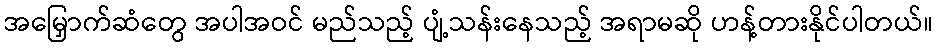
အမြှောက်ဆံတွေ အပါအဝင် မည်သည့် ပျံ့သန်းနေသည့် အရာမဆို ဟန့်တားနိုင်ပါတယ်။